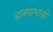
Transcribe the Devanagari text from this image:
हास्याभासो